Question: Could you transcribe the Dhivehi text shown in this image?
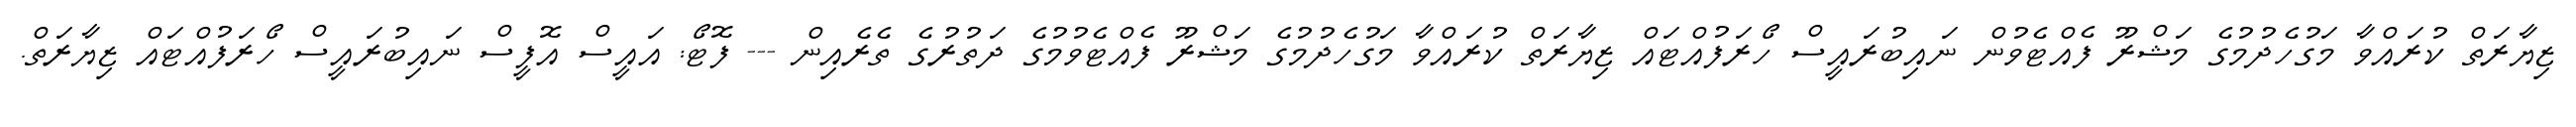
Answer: ޒިޔާރަތް ކުރައްވާ މަގުހެދުމުގެ މަޝްރޫ ފެއްޓެވުން ނައިބުރައީސް ހޯރަފުއްޓައް ޒިޔާރަތް ކުރައްވާ މަގުހެދުމުގެ މަޝްރޫ ފެއްޓެވުމުގެ ދަތުރުގެ ތެރެއިން --- ފޮޓޯ: އައީސް އޮފީސް ނައިބުރައީސް ހޯރަފުއްޓައް ޒިޔާރަތް.